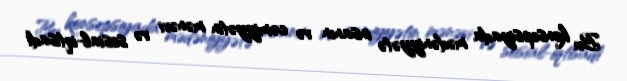
Bu konsepsiyada mədəniyyətə insanın və cəmiyyətin mənəvi və sosial-iqtisadi